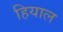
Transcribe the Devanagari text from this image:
हियाल